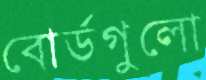
বোর্ডগুলো